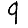
Digit: 9